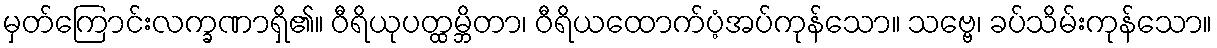
မှတ်ကြောင်းလက္ခဏာရှိ၏။ ဝီရိယုပတ္ထမ္ဘိတာ၊ ဝီရိယထောက်ပံ့အပ်ကုန်သော။ သဗ္ဗေ၊ ခပ်သိမ်းကုန်သော။